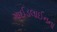
ગાઈડલાઈનના